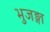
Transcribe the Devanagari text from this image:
भुजङ्गा